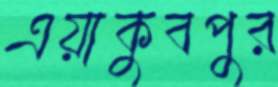
এয়াকুবপুর